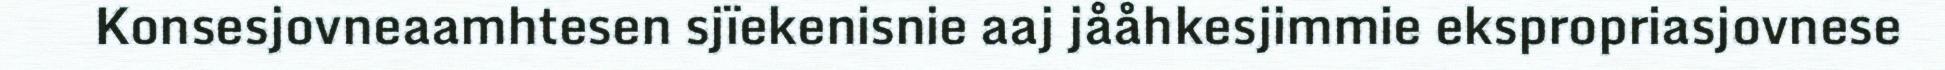
Konsesjovneaamhtesen sjïekenisnie aaj jååhkesjimmie ekspropriasjovnese